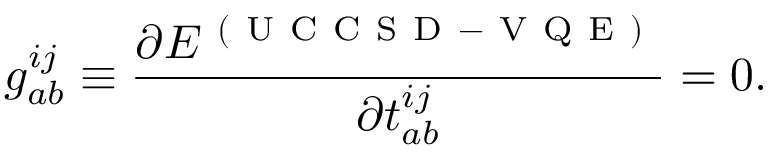
g _ { a b } ^ { i j } \equiv \frac { \partial E ^ { \mathrm { ~ ( ~ U ~ C ~ C ~ S ~ D ~ - ~ V ~ Q ~ E ~ ) ~ } } } { \partial t _ { a b } ^ { i j } } = 0 .